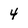
Character: 4